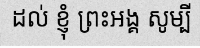
ដល់ ខ្ញុំ ព្រះអង្គ សូម្បី